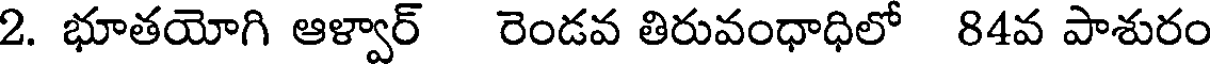
2. భూతయోగి ఆళ్వార్ రెండవ తిరువంధాధిలో 84వ పాశురం